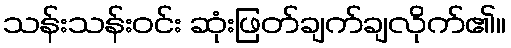
သန်းသန်းဝင်း ဆုံးဖြတ်ချက်ချလိုက်၏။